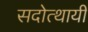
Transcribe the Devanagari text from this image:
सदोत्थायी